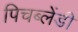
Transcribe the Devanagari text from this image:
पिचब्लेंडी